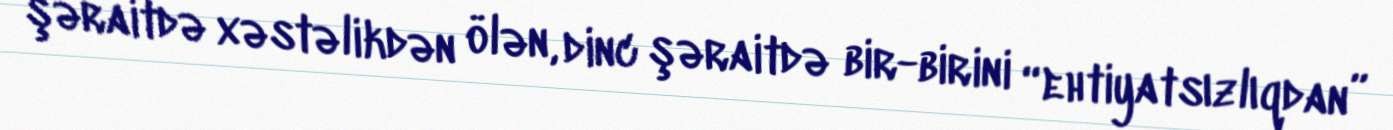
şəraitdə xəstəlikdən ölən, dinc şəraitdə bir-birini “ehtiyatsızlıqdan”